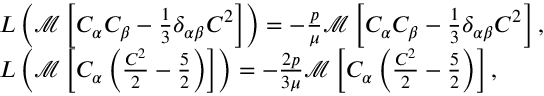
\begin{array} { r l } & { L \left( \mathcal { M } \left[ C _ { \alpha } C _ { \beta } - \frac { 1 } { 3 } \delta _ { \alpha \beta } C ^ { 2 } \right] \right) = - \frac { p } { \mu } \mathcal { M } \left[ C _ { \alpha } C _ { \beta } - \frac { 1 } { 3 } \delta _ { \alpha \beta } C ^ { 2 } \right] , } \\ & { L \left( \mathcal { M } \left[ C _ { \alpha } \left( \frac { C ^ { 2 } } { 2 } - \frac { 5 } { 2 } \right) \right] \right) = - \frac { 2 p } { 3 \mu } \mathcal { M } \left[ C _ { \alpha } \left( \frac { C ^ { 2 } } { 2 } - \frac { 5 } { 2 } \right) \right] , } \end{array}